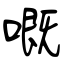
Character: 嘅